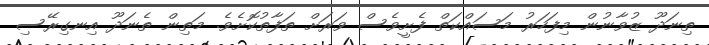
ތިނަދޫ ޒުވާނުން މިފަހަރު މަސައްކަތް ފެށީވެސް ވަރަށް ތަފާތުކޮށެވެ. މަތިން ތެނަދޫ އިނގިރޭސި